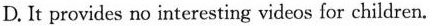
D. It provides no interesting videos for children.